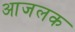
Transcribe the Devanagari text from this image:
आजलक